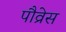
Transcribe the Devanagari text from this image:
पौव्रेस